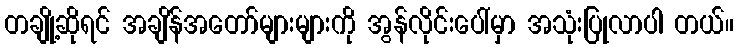
တချို့ဆိုရင် အချိန်အတော်များများကို အွန်လိုင်းပေါ်မှာ အသုံးပြုလာပါ တယ်။